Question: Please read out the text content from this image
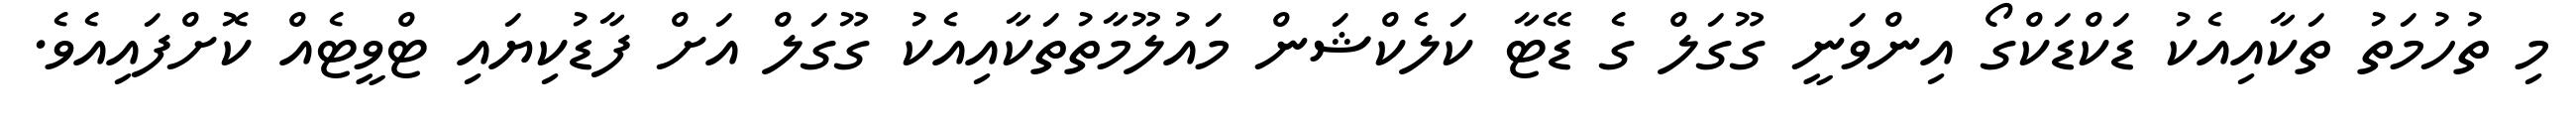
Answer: މި ތުހުމަތު ތަކާއިއެކު ޑަކްޑަކްގޯ އިންވަނީ ގޫގަލް ގެ ޑޭޓާ ކަލެކްޝަން މައުލޫމާތުތަކާއިއެކު ގޫގަލް އަށް ފާޑުކިޔައި ޓްވީޓެއް ކޮށްފައިއެވެ.